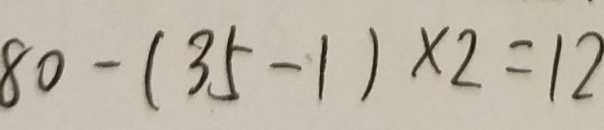
8 0 - ( 3 5 - 1 ) \times 2 = 1 2